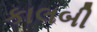
કાલબી